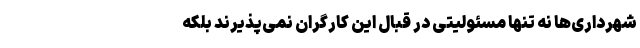
شهرداری‌ها نه تنها مسئولیتی در قبالِ این کارگران نمی‌پذیرند بلکه